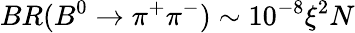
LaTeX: BR(B^{0}\to\pi^{+}\pi^{-})\sim 10^{-8}\xi^{2}N